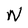
Character: N